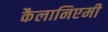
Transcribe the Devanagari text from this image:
कैलानिएमी